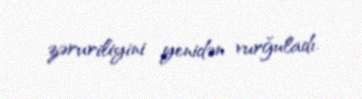
zəruriliyini yenidən vurğuladı.